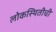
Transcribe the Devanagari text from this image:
लोकस्थितीची